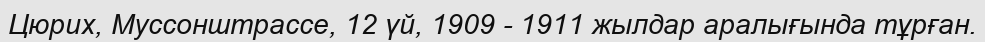
Цюрих, Муссонштрассе, 12 үй, 1909 - 1911 жылдар аралығында тұрған.